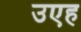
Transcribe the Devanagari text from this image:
उएह